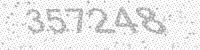
Solution: 357248